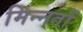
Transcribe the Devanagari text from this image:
मिन्नतों